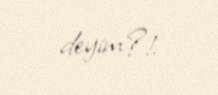
deyim?!.